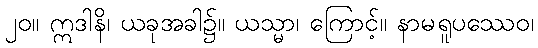
၂၀။ ဣဒါနိ၊ ယခုအခါ၌။ ယသ္မာ၊ ကြောင့်။ နာမရူပဿေဝ၊